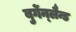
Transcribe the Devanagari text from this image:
बुर्गेन्लैन्ड